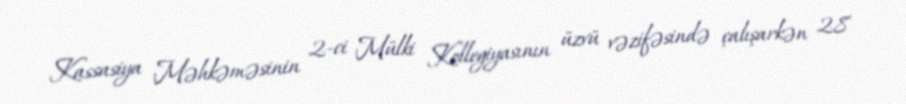
Kassasiya Məhkəməsinin 2-ci Mülki Kollegiyasının üzvü vəzifəsində çalışarkən 28